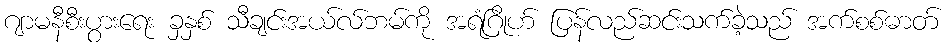
ဂျာမနီစီးပွားရေး ခှနှစ် သီချင်းအယ်လ်ဘမ်ကို အရံဂြိုဟ် ပြန်လည်ဆင်းသက်ခဲ့သည် အက်စစ်ဓာတ်